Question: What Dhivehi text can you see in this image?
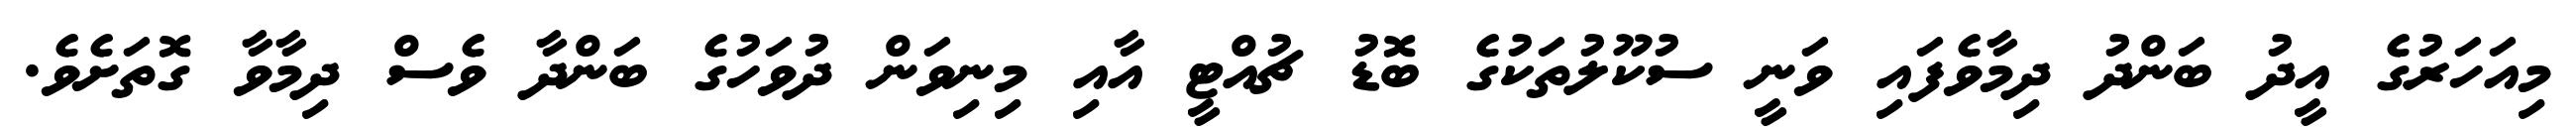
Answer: މިއަހަރުގެ އީދު ބަންދު ދިމާވެފައި ވަނީ ސުކޫލުތަކުގެ ބޮޑު ޗުއްޓީ އާއި މިނިވަން ދުވަހުގެ ބަންދާ ވެސް ދިމާވާ ގޮތަށެވެ.